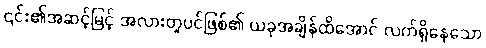
၎င်း၏အဆင့်မြင့် အလားတူပင်ဖြစ်၏ ယခုအချိန်ထိအောင် လက်ရှိနေသော